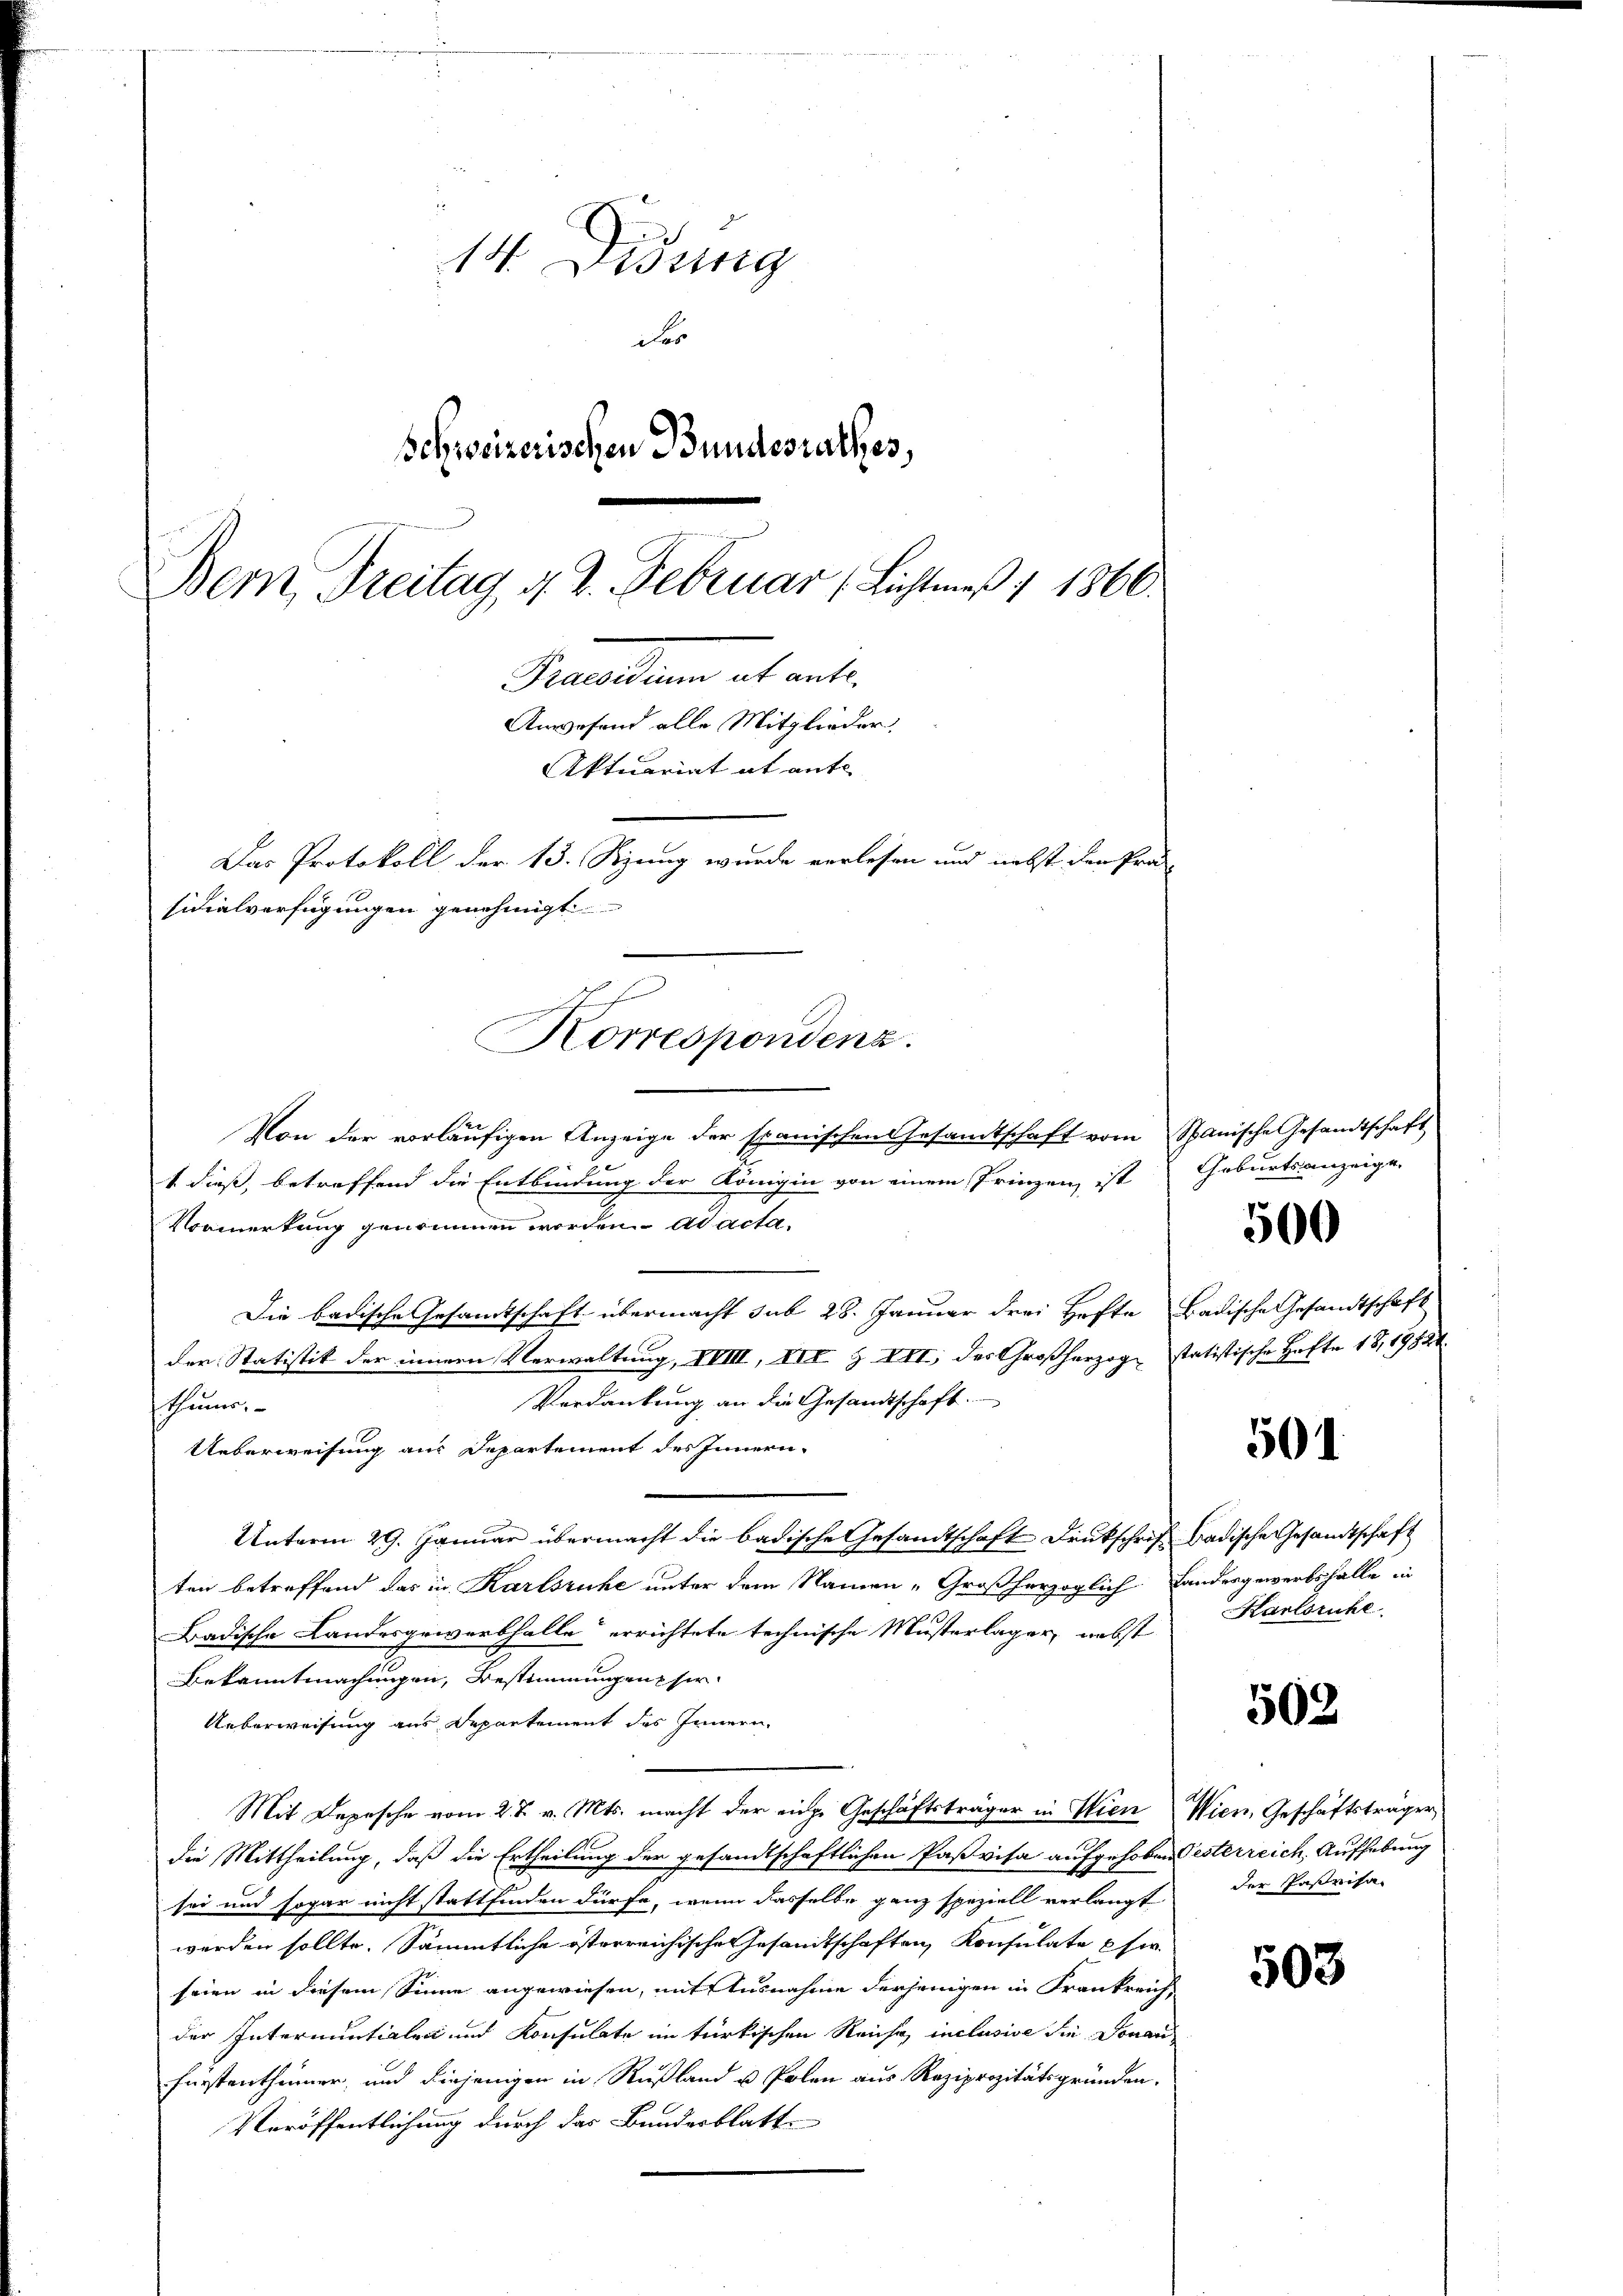
14. Didung
d
Schweizerischen Bundesrathes,
Bem, Freitag, d. 2. Februar (Lichtmeß 1 1866.

Von der vorläufigen Anzeige der spanischen Gesandtschaft vom Spanische Gesandtschaft
1 dieß, betreffend die Entbindung der Königin von einem Prinzen, ist Geburtsanzeige,
Vormerkung genommen worden. ad acta.
Die badische Gesandtschaft übermacht sub 28. Januar drei Hefte Badische Gesandtschaft
der Statistik der innern Verwaltung, VVIII, III § III, des Großherzog statistische Hafte 18, 19824.
Verdankung an die Gesandtschaft.
thumes.
Ueberweisung aus Departement des Innern.
Unterm 29. Januar übermacht die badische Gesandtschaft Druckschrift Badische Gesandtschaft
ten betreffend das in Karlsruhe unter dem Namen „Großherzoglich Landergewerbsfalle in
Badische Landesgewarthalle errichtete technische Musterlager, nebst
Bekanntmachungen, Bestimmungen sie
Ueberweisung aus Departement des Innern,
Mit Depesche vom 27. v. Mts. macht der einge Geschäftsträger in Wien Wien, Geschäftsträger,
die Mittheilung, daß die Ertheilung der gesandtschaftlichen Paßvisa aufgehoben Gesterreich, Aufhebung
sei und sogar nicht stattfinden dürfe, wenn dasselbe ganz speziell verlangt,
werden sollte. Sämmtliche österreichische Gesandtschaften, Konsulate si
seien in diesem Sinne angewiesen, mit Ausnahme derjenigen in Krankreich,
der Internuntialen und Konsulate im türkischen Reiche inclusive die Donau
Fürstenthümer, und diejenigen in Rußland u. Polen aus Reziprozitätsgründen.
Veröffentlichung durch das Bundesblatt

Gewalten et ent¬
Anwesend alle Mitglieder.
Aktuariat ab ante
Das Protokoll der 13. Sizung wurde verlesen und nebst den Prä-
sidialverfügungen genehmigt
h
Korrespondenz.

500

501.

Karlsruhe

502

der Parisa

503